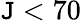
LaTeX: \mathtt{J}<70